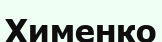
Хименко